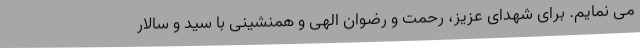
می نمایم. برای شهدای عزیز، رحمت و رضوان الهی و همنشینی با سید و سالار